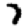
Digit: 7